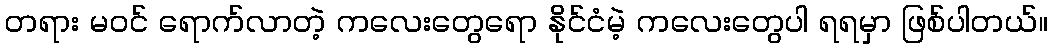
တရား မ၀င် ရောက်လာတဲ့ ကလေးတွေရော နိုင်ငံမဲ့ ကလေးတွေပါ ရရမှာ ဖြစ်ပါတယ်။